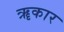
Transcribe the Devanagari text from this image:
ॠकार